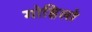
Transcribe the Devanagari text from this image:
गोहिलो